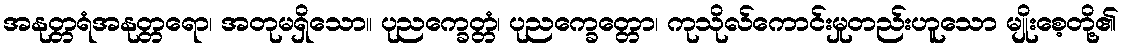
အနုတ္တရံအနုတ္တရော၊ အတုမရှိသော။ ပုညက္ခေတ္တံ၊ ပုညက္ခေတ္တော၊ ကုသိုလ်ကောင်းမှုတည်းဟူသော မျိုးစေ့တို့၏